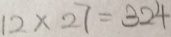
1 2 \times 2 7 = 3 2 4